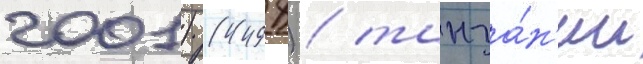
2001) (4498) / танза́н'ии